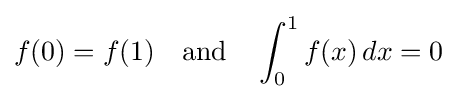
f(0)=f(1)\quad {\text{and}}\quad \int _{0}^{1}f(x)\,dx=0